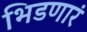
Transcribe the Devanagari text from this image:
भिडणारं